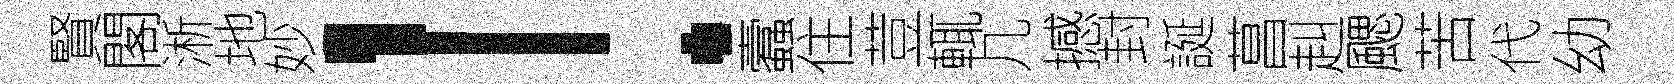
賢閣淅地妙！蠧住荳輒几撼封誕菖赳颸苦代幼